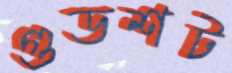
গুডশট